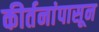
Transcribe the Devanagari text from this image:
कीर्तनांपासून